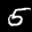
Label: 5